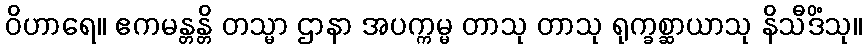
ဝိဟာရေ။ ဧကမန္တန္တိ တသ္မာ ဌာနာ အပက္ကမ္မ တာသု တာသု ရုက္ခစ္ဆာယာသု နိသီဒိံသု။